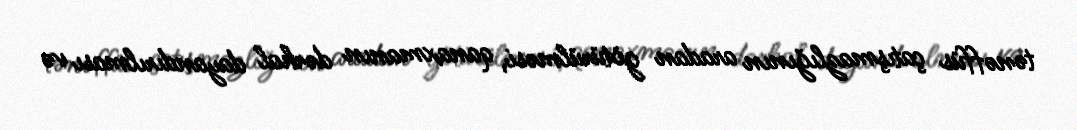
tənəffüs çatışmazlığının aradan götürülməsi, qanaxmanın dərhal dayandırılması və